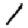
Digit: 1